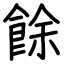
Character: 餘